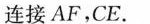
连接AF，CE。